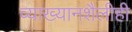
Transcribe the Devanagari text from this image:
व्याख्यानशैलीही